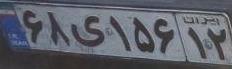
۶۸ی۱۵۶۱۲